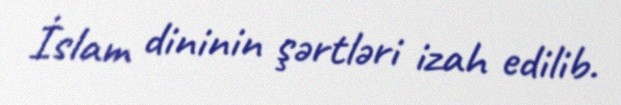
İslam dininin şərtləri izah edilib.